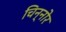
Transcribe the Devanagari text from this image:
चिन्नोर